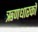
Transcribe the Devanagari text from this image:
ऋणधारकों